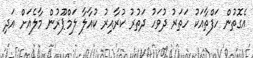
އެގޮތުން ހަފްތާއަކު ހަތަރު ދުވަހު ދަތުރު ކުރާއިރު ކުއާލާ ލަމްޕޫރުން މާލެއަށް އަދި